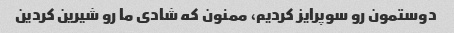
دوستمون رو سوپرایز کردیم، ممنون که شادی ما رو شیرین کردین